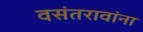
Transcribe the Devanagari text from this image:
वसंतरावांना